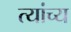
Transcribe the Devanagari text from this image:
त्यांच्य